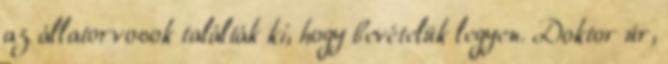
az állatorvosok találták ki, hogy bevételük legyen. Doktor úr,